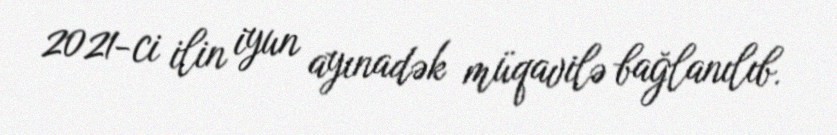
2021-ci ilin iyun ayınadək müqavilə bağlanılıb.